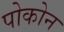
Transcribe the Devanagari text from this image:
पोकोन